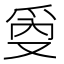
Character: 𰟾